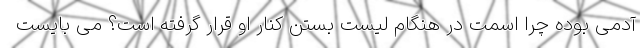
آدمی بوده چرا اسمت در هنگام لیست بستن کنار او قرار گرفته است؟ می بایست